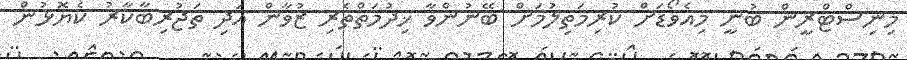
މިނިސްޓްރީން ބުނީ މިއެވޯޑަށް ކުރިމަތިލުމަށް ބޭނުންވާ ޚިދުމަތްތެރި ޒުވާން އަދި ތަޖުރިބާކާރު ކެޔޮޅުން